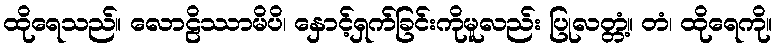
ထိုရေသည်။ လောဠိဿာမိပိ၊ နှောင့်ရှက်ခြင်းကိုမူလည်း ပြုလတ္တံ့။ တံ၊ ထိုရေကို။